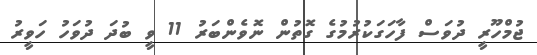
ޖުމްހޫރީ ދުވަސް ފާހަގަކުރުމުގެ ގޮތުން ނޮވެންބަރު 11 ވީ ބުދަ ދުވަހު ހަވީރު